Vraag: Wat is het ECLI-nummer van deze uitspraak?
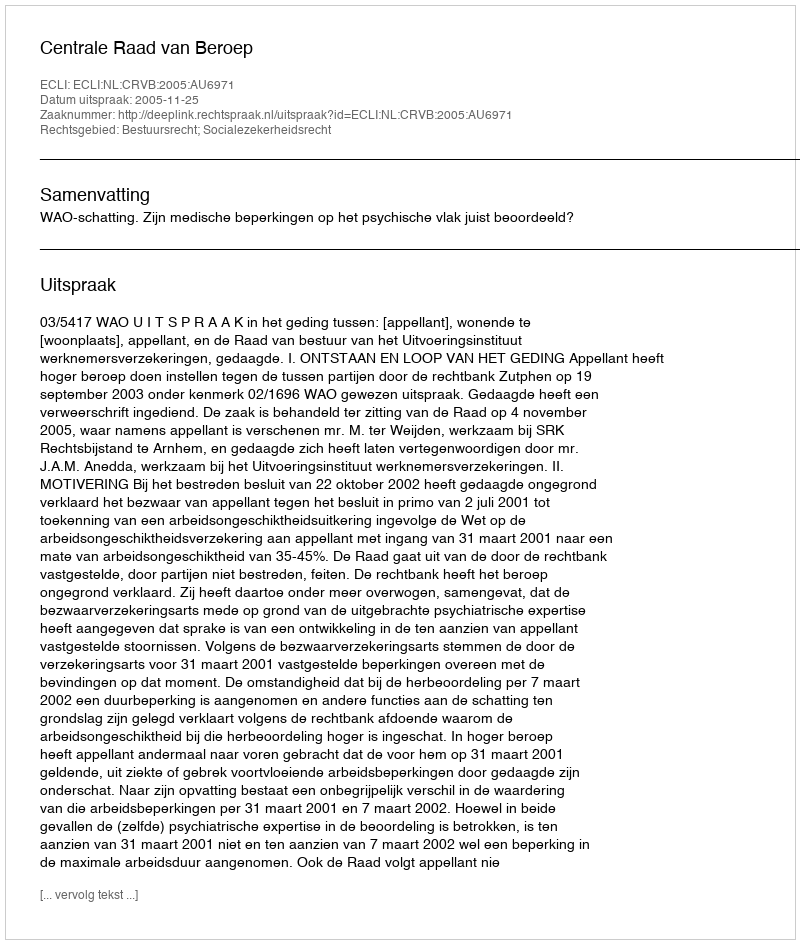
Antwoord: ECLI:NL:CRVB:2005:AU6971